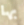
بها